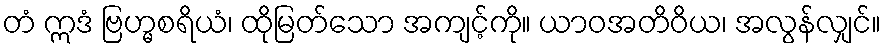
တံ ဣဒံ ဗြဟ္မစရိယံ၊ ထိုမြတ်သော အကျင့်ကို။ ယာဝအတိဝိယ၊ အလွန်လျှင်။